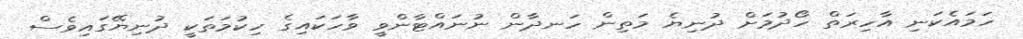
ހަމައެކަނި އާހިރަތް ހޯދުމަށް ދުނިޔެ މަތިން ހަނދާން ނުނައްޓާންވީ ވާހަކައިގެ ހިކުމަތަކީ ދުނިޔޭގައިވެސް